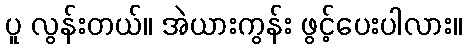
ပူ လွန်းတယ်။ အဲယားကွန်း ဖွင့်ပေးပါလား။